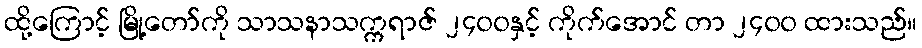
ထို့ကြောင့် မြို့တော်ကို သာသနာသက္ကရာဇ် ၂၄၀၀နှင့် ကိုက်အောင် တာ ၂၄၀၀ ထားသည်။